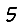
Digit: 5